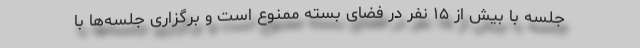
جلسه با بیش از ۱۵ نفر در فضای بسته ممنوع است و برگزاری جلسه‌ها با